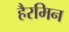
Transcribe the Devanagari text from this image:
हैरमिन